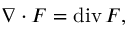
\nabla \cdot F = \operatorname { d i v } F ,